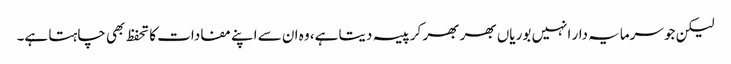
لیکن جو سرمایہ دار انہیں بوریاں بھر بھر کر پیسہ دیتا ہے، وہ ان سے اپنے مفادات کا تحفظ بھی چاہتا ہے۔